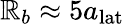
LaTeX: \mathbb{R}_{b}\approx5a_{\mathrm{{lat}}}